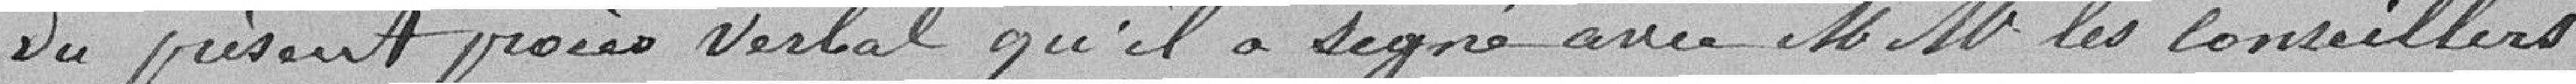
du présent procès verbal qu'il a signé avec M M les conseillers